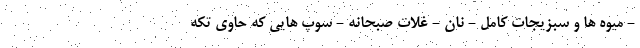
- میوه ها و سبزیجات کامل - نان - غلات صبحانه - سوپ هایی که حاوی تکه